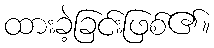
ထားခဲ့ခြင်းဖြစ်၏။